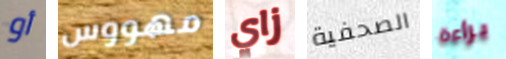
أو مهووس زاي الصحفية براءة